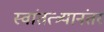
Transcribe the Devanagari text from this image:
स्वांतत्त्र्यानंतर